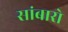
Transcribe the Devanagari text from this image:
सांबारो